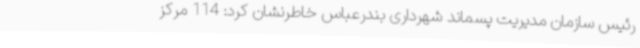
رئیس سازمان مدیریت پسماند شهرداری بندرعباس خاطرنشان کرد: 114 مرکز